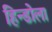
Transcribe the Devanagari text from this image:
हिन्डोला